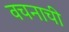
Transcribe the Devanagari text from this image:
वचनाची